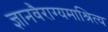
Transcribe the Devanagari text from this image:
ज्ञानवैराग्यमाश्रित्य